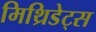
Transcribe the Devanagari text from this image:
मिथ्रिडेट्स